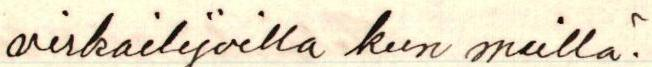
virkailijoilla kun muilla?